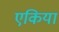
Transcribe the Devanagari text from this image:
एकिया